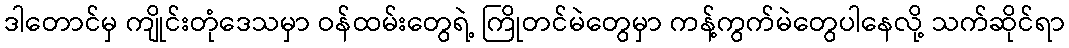
ဒါတောင်မှ ကျိုင်းတုံဒေသမှာ ဝန်ထမ်းတွေရဲ့ ကြိုတင်မဲတွေမှာ ကန့်ကွက်မဲတွေပါနေလို့ သက်ဆိုင်ရာ